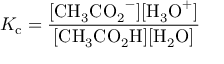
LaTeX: K _ { \mathrm { c } } = { \frac { \mathrm { [ { C H _ { 3 } C O _ { 2 } } ^ { - } ] [ { H _ { 3 } O } ^ { + } ] } } { \mathrm { [ { C H _ { 3 } C O _ { 2 } H } ] [ { H _ { 2 } O } ] } } }